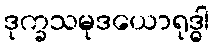
ဒုက္ခသမုဒယောရုဒ္ဓါ